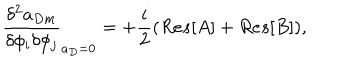
LaTeX: \frac { \delta ^ { 2 } a _ { D m } } { \delta \phi _ { i } \delta \phi _ { j } } _ { a _ { D } = 0 } = + \frac { i } { 2 } ( R e s [ A ] + R e s [ B ] ) ,